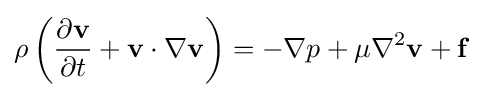
\rho \left({\frac {\partial \mathbf {v} }{\partial t}}+\mathbf {v} \cdot \nabla \mathbf {v} \right)=-\nabla p+\mu \nabla ^{2}\mathbf {v} +\mathbf {f}